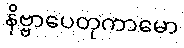
နိဗ္ဗာပေတုကာမော